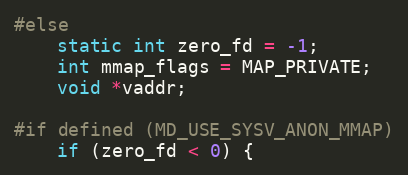
Language: C
#else
    static int zero_fd = -1;
    int mmap_flags = MAP_PRIVATE;
    void *vaddr;

#if defined (MD_USE_SYSV_ANON_MMAP)
    if (zero_fd < 0) {